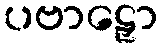
ပဗာဠှော